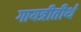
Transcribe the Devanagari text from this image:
गायत्रीतीर्थ